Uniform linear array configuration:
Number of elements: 64
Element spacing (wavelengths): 0.25
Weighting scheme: hamming
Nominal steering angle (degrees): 30
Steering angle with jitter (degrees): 31.285
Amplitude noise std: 0.05
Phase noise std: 0.05

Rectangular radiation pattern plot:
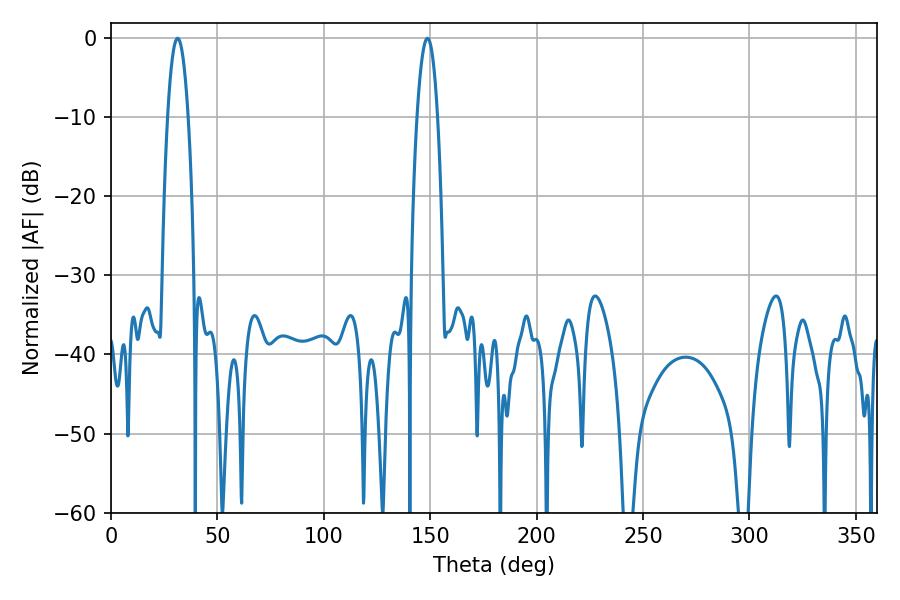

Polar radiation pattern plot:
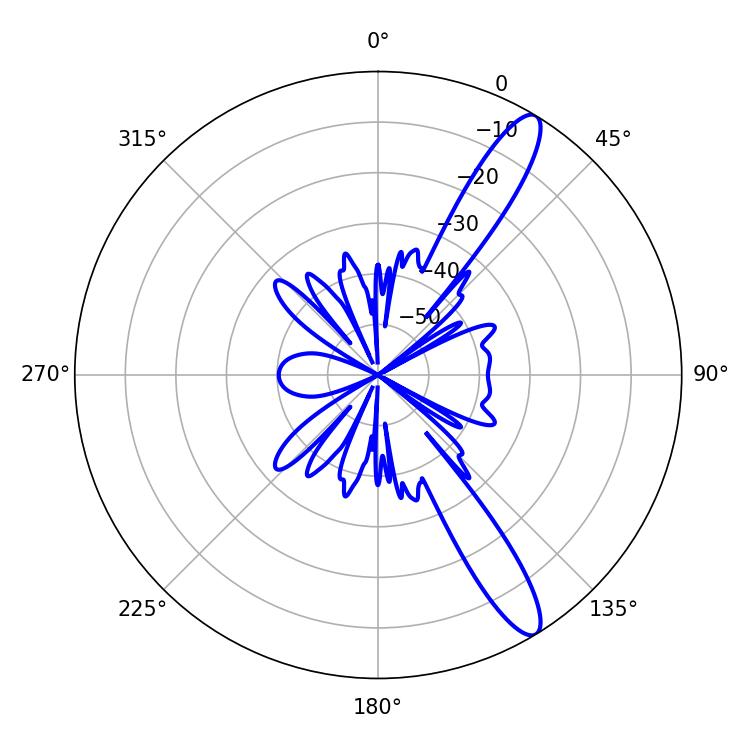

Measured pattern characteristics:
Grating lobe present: FALSE
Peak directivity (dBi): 12.819
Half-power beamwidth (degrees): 5.4
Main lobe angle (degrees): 148.68